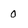
Character: 0